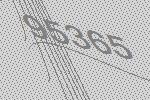
95365